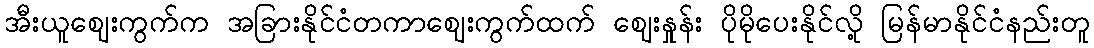
အီးယူဈေးကွက်က အခြားနိုင်ငံတကာဈေးကွက်ထက် ဈေးနှုန်း ပိုမိုပေးနိုင်လို့ မြန်မာနိုင်ငံနည်းတူ